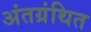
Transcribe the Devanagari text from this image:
अंतग्रंथित